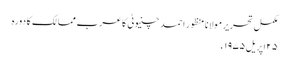
مکمل تحریر مولانا منظور احمد چنیوٹی کا عرب ممالک کا دورہ
۲۵ اپریل ۱۹۷۵ء